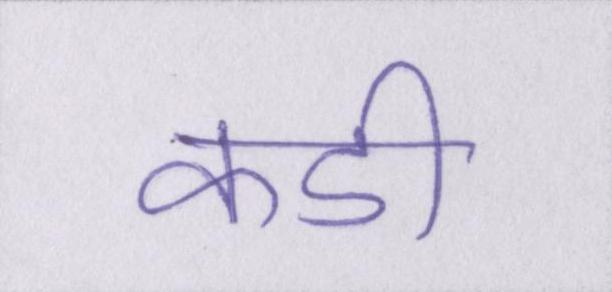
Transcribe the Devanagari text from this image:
कडी